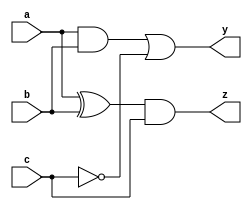
module combinational_logic (
    input wire a,          // Input signal a
    input wire b,          // Input signal b
    input wire c,          // Input signal c
    output reg y,         // Output signal y
    output reg z          // Output signal z
);

always @(*) begin
    // Default values for outputs
    y = 0;
    z = 0;

    // Combinational logic representation
    y = (a & b) | (~c); // Example logic: y is true if (a AND b) OR (NOT c)
    z = (a ^ b) & c;    // Example logic: z is true if (a XOR b) AND c
end

endmodule